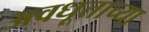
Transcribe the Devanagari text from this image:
अवधूताच्या